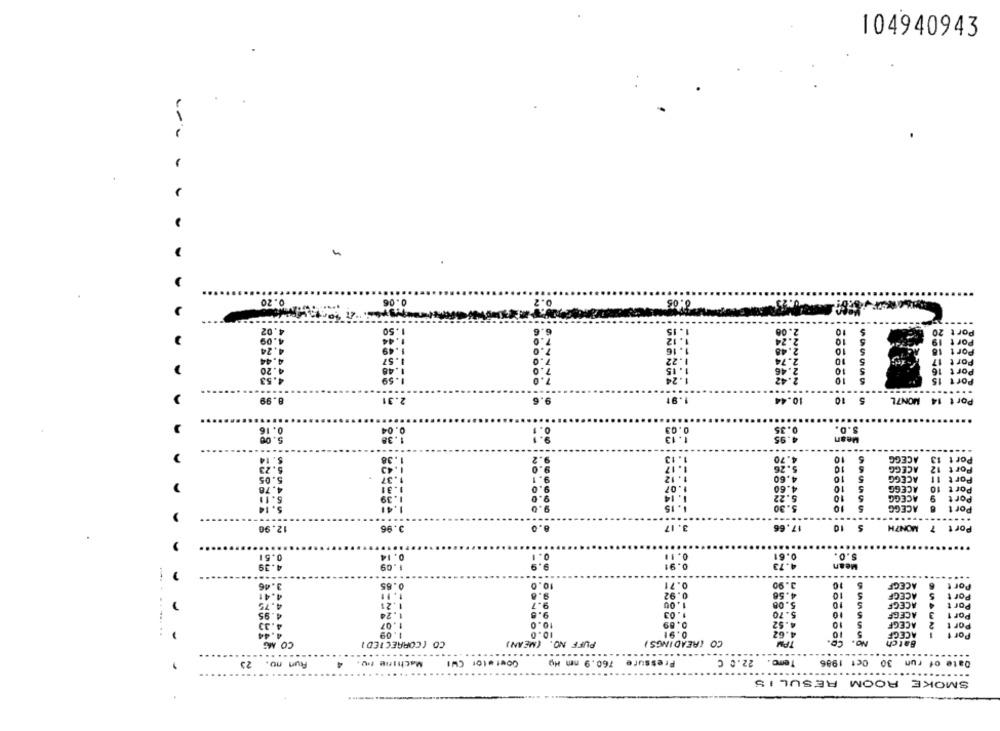
104940943
0.20
0.06
0.
.....
4.02
50
2.0
6
10
Port 20
4.09
5
Port 19
4.24
10
S
Port 18
4.44
1.57
10
5
Port 17
4.20
1.48
10
5
Port 16
4.53
Port 15
1.91
8.99
2.31
9.6
10.44
10
5
Port 14 MON7L
0.16
0.35
S.D.
Mean
14
$.
1.38
1:13
4.70
10
5
ACEGG
Port 13
1.43
1 . 17
5.26
10
ACEGG
12
Port
1.37
.05
9.0
4.60
10
5
ACEGG
Port 11
1.78
1.07
4.60
10
5
ACEGG
10
Port
5.11
1.39
1. 14
5.22
10
ACEGG
Port
1- 15
5.30
5.14
10
5
ACEGG
Port
.....
....
12.90
3.96
8.0
3.17
17.66
10
S
MONTH
Port 7
0.51
0.14
0.1
0. 1.
0.61
5.0.
9.9
0.91
4.73
4.39
1.09
Mean
...
...
3.46
0.65
10.0
0.71
3.90
10
5
ACEGF
6
Port
9.8
0.92
4.58
10
4.41
1.11
ACEGF
Port
4.75
1.21
9.7
1.00
5.08
10
5
ACEGF
Port
4.95
1.24
9.5
1.03
5.70
10
5
ACEGF
Port
10.0
0.89
4.52
4.33
1.07
10
ACEGF
Por t
4.44
1.09
10.0
0.91
4.62
10
5
ACEGF
Por 1
CO MG
CO (CORRECTED1
PUFF NO. (MEAN)
CO (READINGS)
TAM
NO.
Batch
------.
Aun no. 23
Machine Hu
760.9 mm Hg
Pressur
Temo. 22.0 C
Date of run 30 Oct 1986
SMOKE ROOM RESUL IS